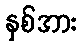
နှစ်အား